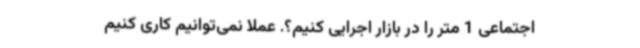
اجتماعی 1 متر را در بازار اجرایی کنیم؟. عملا نمی‌توانیم کاری کنیم